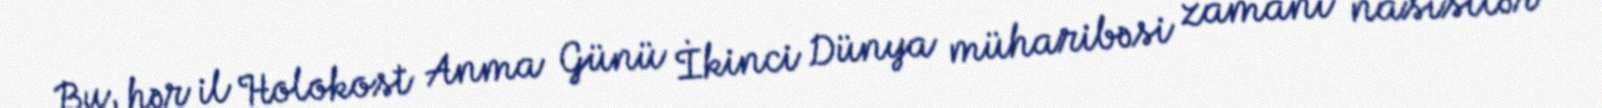
Bu, hər il Holokost Anma Günü İkinci Dünya müharibəsi zamanı nasistlər